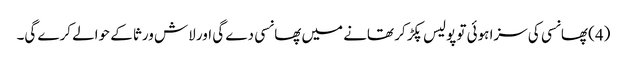
(4) پھانسی کی سزا ہوئی تو پولیس پکڑ کر تھانے میں پھانسی دے گی اور لاش ورثا کے حوالے کرے گی۔